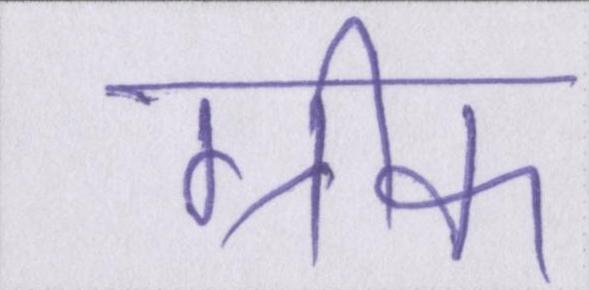
ग्रीक